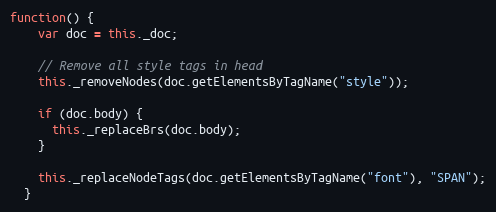
Language: JavaScript
function() {
    var doc = this._doc;

    // Remove all style tags in head
    this._removeNodes(doc.getElementsByTagName("style"));

    if (doc.body) {
      this._replaceBrs(doc.body);
    }

    this._replaceNodeTags(doc.getElementsByTagName("font"), "SPAN");
  }